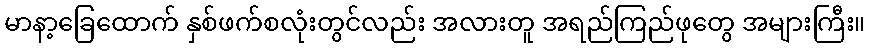
မာနာ့ခြေထောက် နှစ်ဖက်စလုံးတွင်လည်း အလားတူ အရည်ကြည်ဖုတွေ အများကြီး။